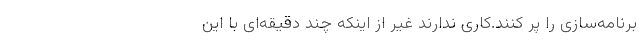
برنامه‌سازی را پُر کنند.کاری ندارند غیر از اینکه چند دقیقه‌ای با این